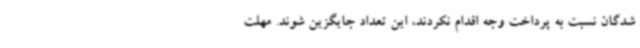
شدگان نسبت به پرداخت وجه اقدام نکردند، این تعداد جایگزین شوند. مهلت